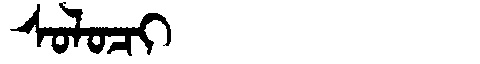
Manchu: ᠰᠣᠯᠣᠴᡳ
Romanization: SOLOCI